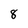
Character: 8